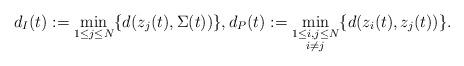
LaTeX: \begin{align*}d_I(t):=\min_{1\leq j\leq N}\{d(z_j(t), \Sigma(t))\}, d_P(t):=\min_{\substack{1\leq i,j\leq N\\ i\neq j}}\{ d(z_i(t), z_j(t))\}.\end{align*}